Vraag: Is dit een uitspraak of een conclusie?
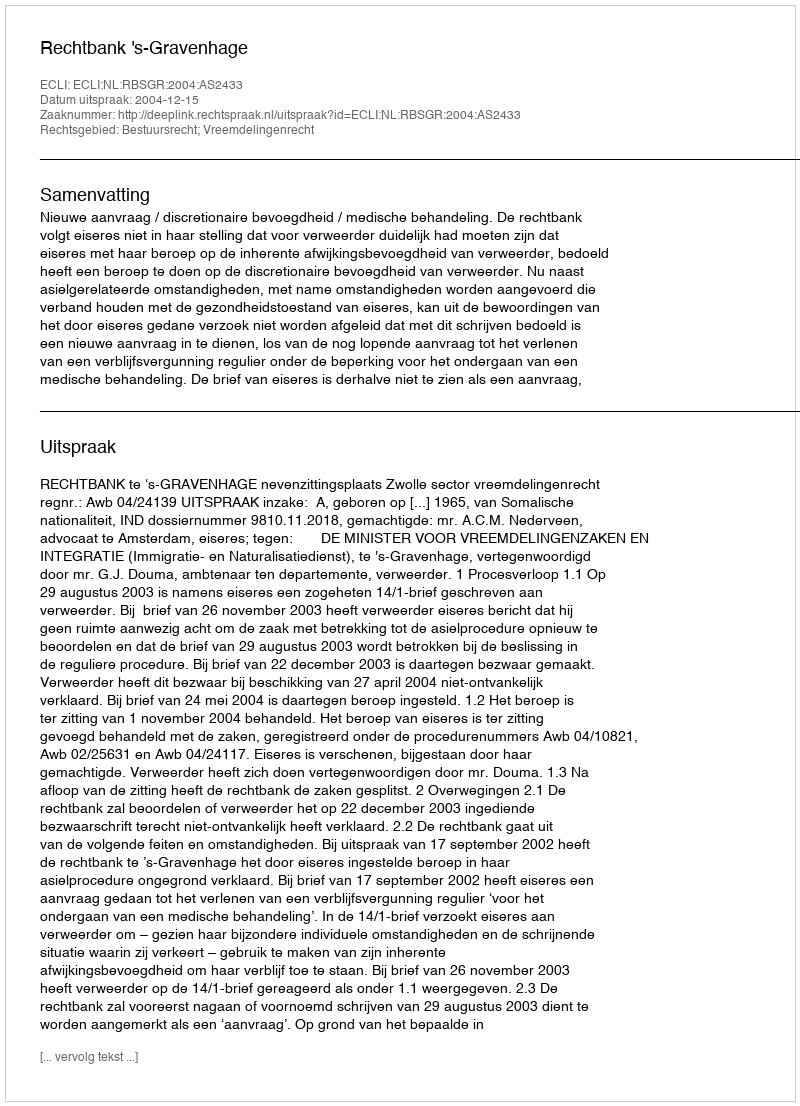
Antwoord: Uitspraak